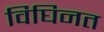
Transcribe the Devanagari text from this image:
विघिनत